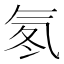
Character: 氡